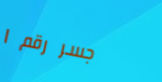
جسر رقم ١